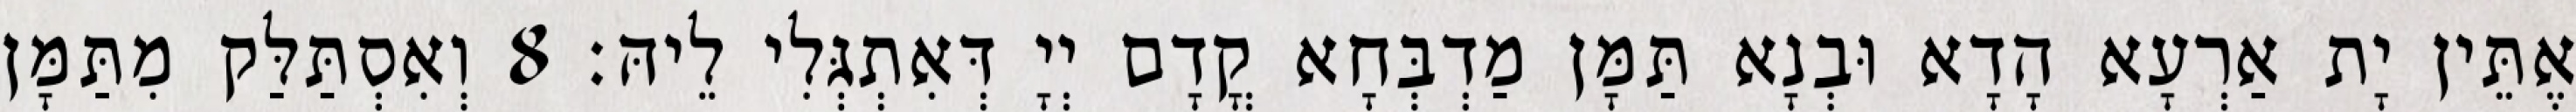
אֶתֵּין יָת אַרְעָא הָדָא וּבְנָא תַּמָּן מַדְבְּחָא קֳדָם יְיָ דְּאִתְגְּלִי לֵיהּ׃ 8 וְאִסְתַּלַּק מִתַּמָּן